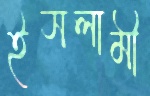
ইসলামী